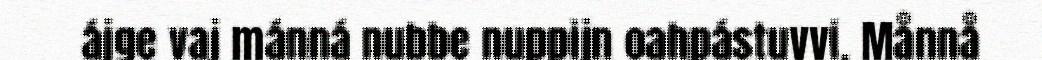
ájge vaj mánná nubbe nuppijn oahpástuvvi, Månnå